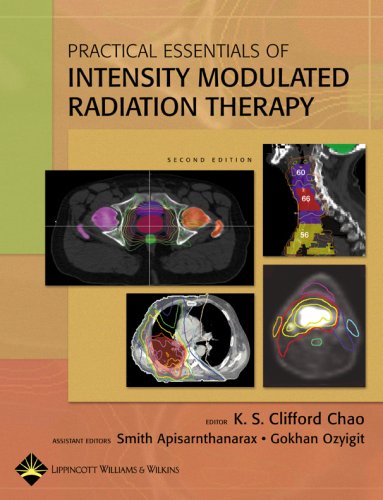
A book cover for Practical Essentials of  Intensity Modulated Radiation Therapy; Science & Math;